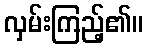
လှမ်းကြည့်၏။